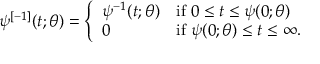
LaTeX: \psi ^ { [ - 1 ] } ( t ; \theta ) = \left\{ { \begin{array} { l l } { \psi ^ { - 1 } ( t ; \theta ) } & { { \mathrm { i f ~ } } 0 \leq t \leq \psi ( 0 ; \theta ) } \\ { 0 } & { { \mathrm { i f ~ } } \psi ( 0 ; \theta ) \leq t \leq \infty . } \end{array} } \right.